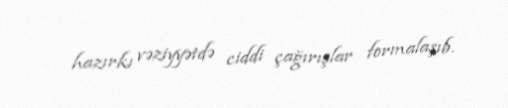
hazırkı vəziyyətdə ciddi çağırışlar formalaşıb.